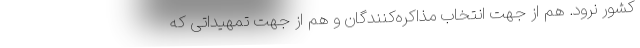
کشور نرود. هم از جهت انتخاب مذاکره‌کنندگان و هم از جهت تمهیداتی که